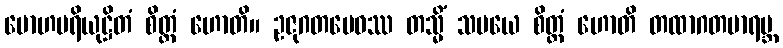
မောဟပရိယုဋ္ဌိတံ စိတ္တံ ဟောတိ။ ဥဇုဂတမေဝဿ တသ္မိံ သမယေ စိတ္တံ ဟောတိ တထာဂတမာရဗ္ဘ